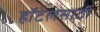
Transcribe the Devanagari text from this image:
हॉटेलसाठी